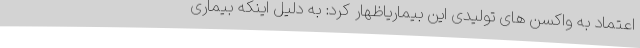
اعتماد به واکسن های تولیدی این بیماریاظهار کرد: به دلیل اینکه بیماری